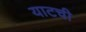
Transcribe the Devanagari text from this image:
याटची